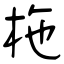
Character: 柂